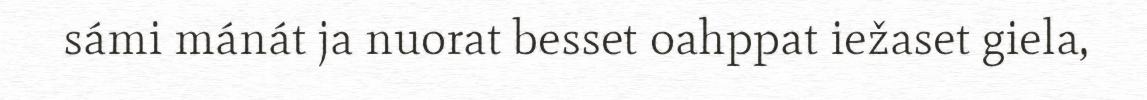
sámi mánát ja nuorat besset oahppat iežaset giela,